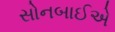
સોનબાઈએ